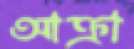
আক্রা